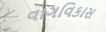
વાગવિકાસ